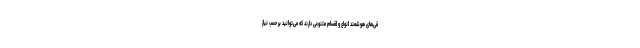
قی‌های هوشمند انواع و اقسام متنوعی دارند که می‌توانید بر حسب نیاز